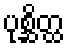
ပုစ္ဆိတ္ထ